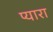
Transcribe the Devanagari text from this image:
प्‍यारा